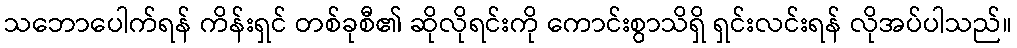
သဘောပေါက်ရန် ကိန်းရှင် တစ်ခုစီ၏ ဆိုလိုရင်းကို ကောင်းစွာသိရှိ ရှင်းလင်းရန် လိုအပ်ပါသည်။